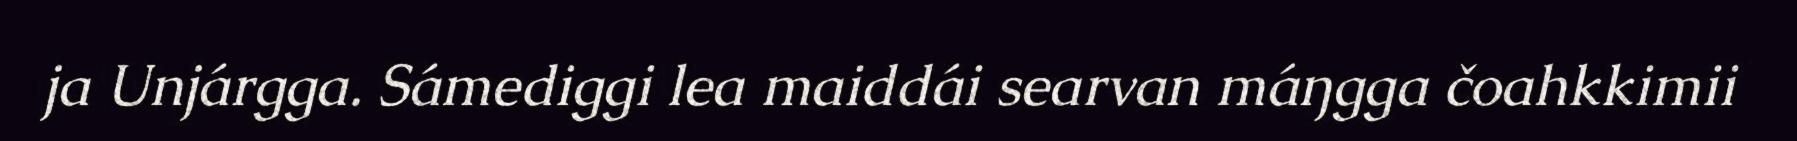
ja Unjárgga. Sámediggi lea maiddái searvan máŋgga čoahkkimii